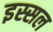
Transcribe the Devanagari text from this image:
इस्सल